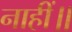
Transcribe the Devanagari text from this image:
नाहीं॥